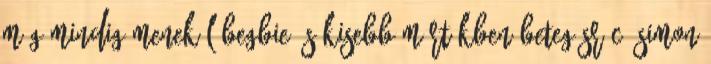
még mindig menekül Begbie és kisebb mértékben Beteg Srác Simon